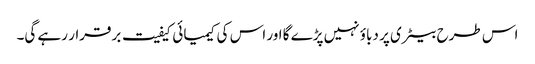
اس طرح بیٹری پر دباؤ نہیں پڑے گا اور اس کی کیمیائی کیفیت برقرار رہے گی۔